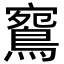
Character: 𪂦